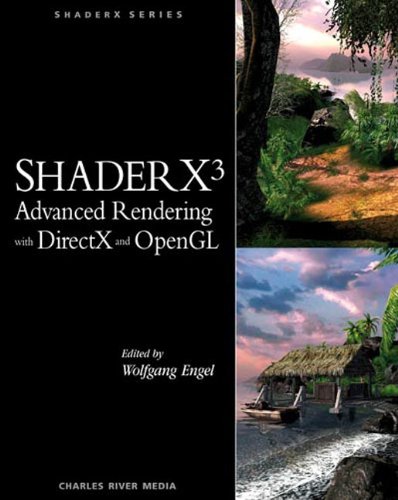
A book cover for ShaderX3 Advanced Rendering with DirectX and OpenGL (Shaderx Series); Wolfgang Engel; Computers & Technology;